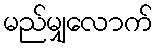
မည်မျှလောက်